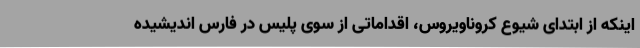
اینکه از ابتدای شیوع کروناویروس، اقداماتی از سوی پلیس در فارس اندیشیده